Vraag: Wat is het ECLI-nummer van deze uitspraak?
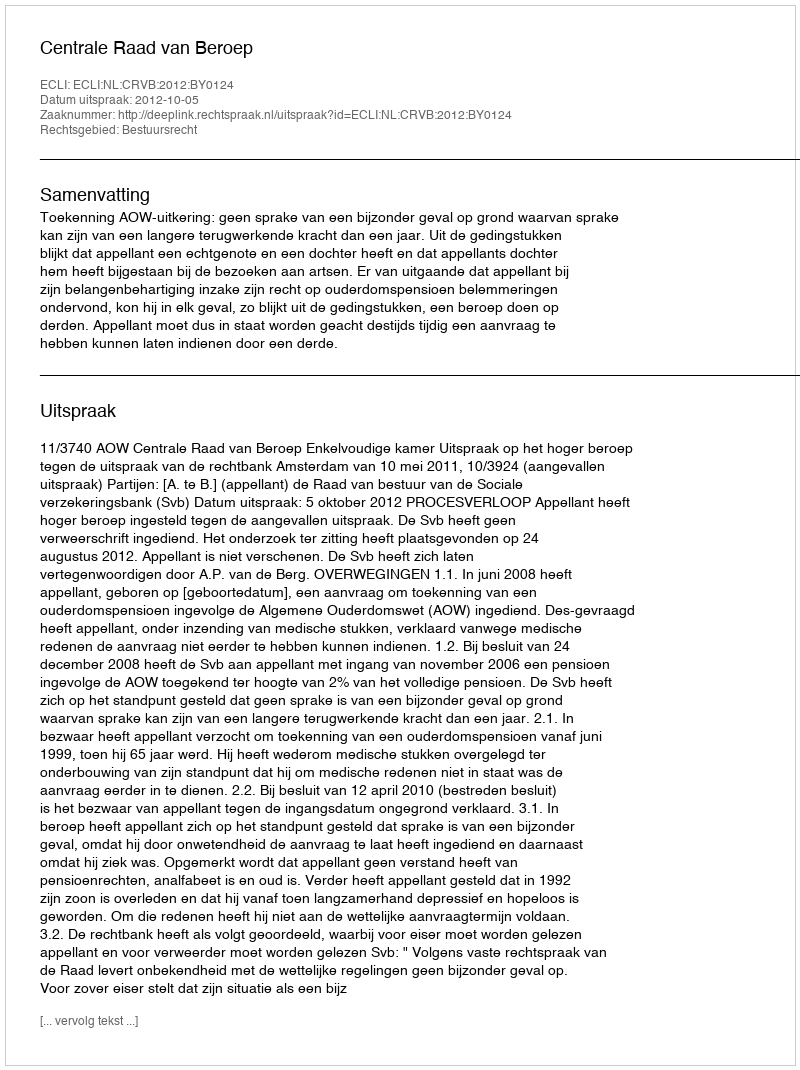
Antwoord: ECLI:NL:CRVB:2012:BY0124